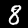
Label: 8